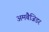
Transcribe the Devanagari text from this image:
अमबैजिडर